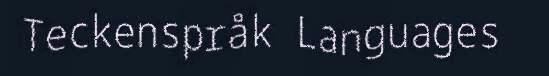
Teckenspråk Languages